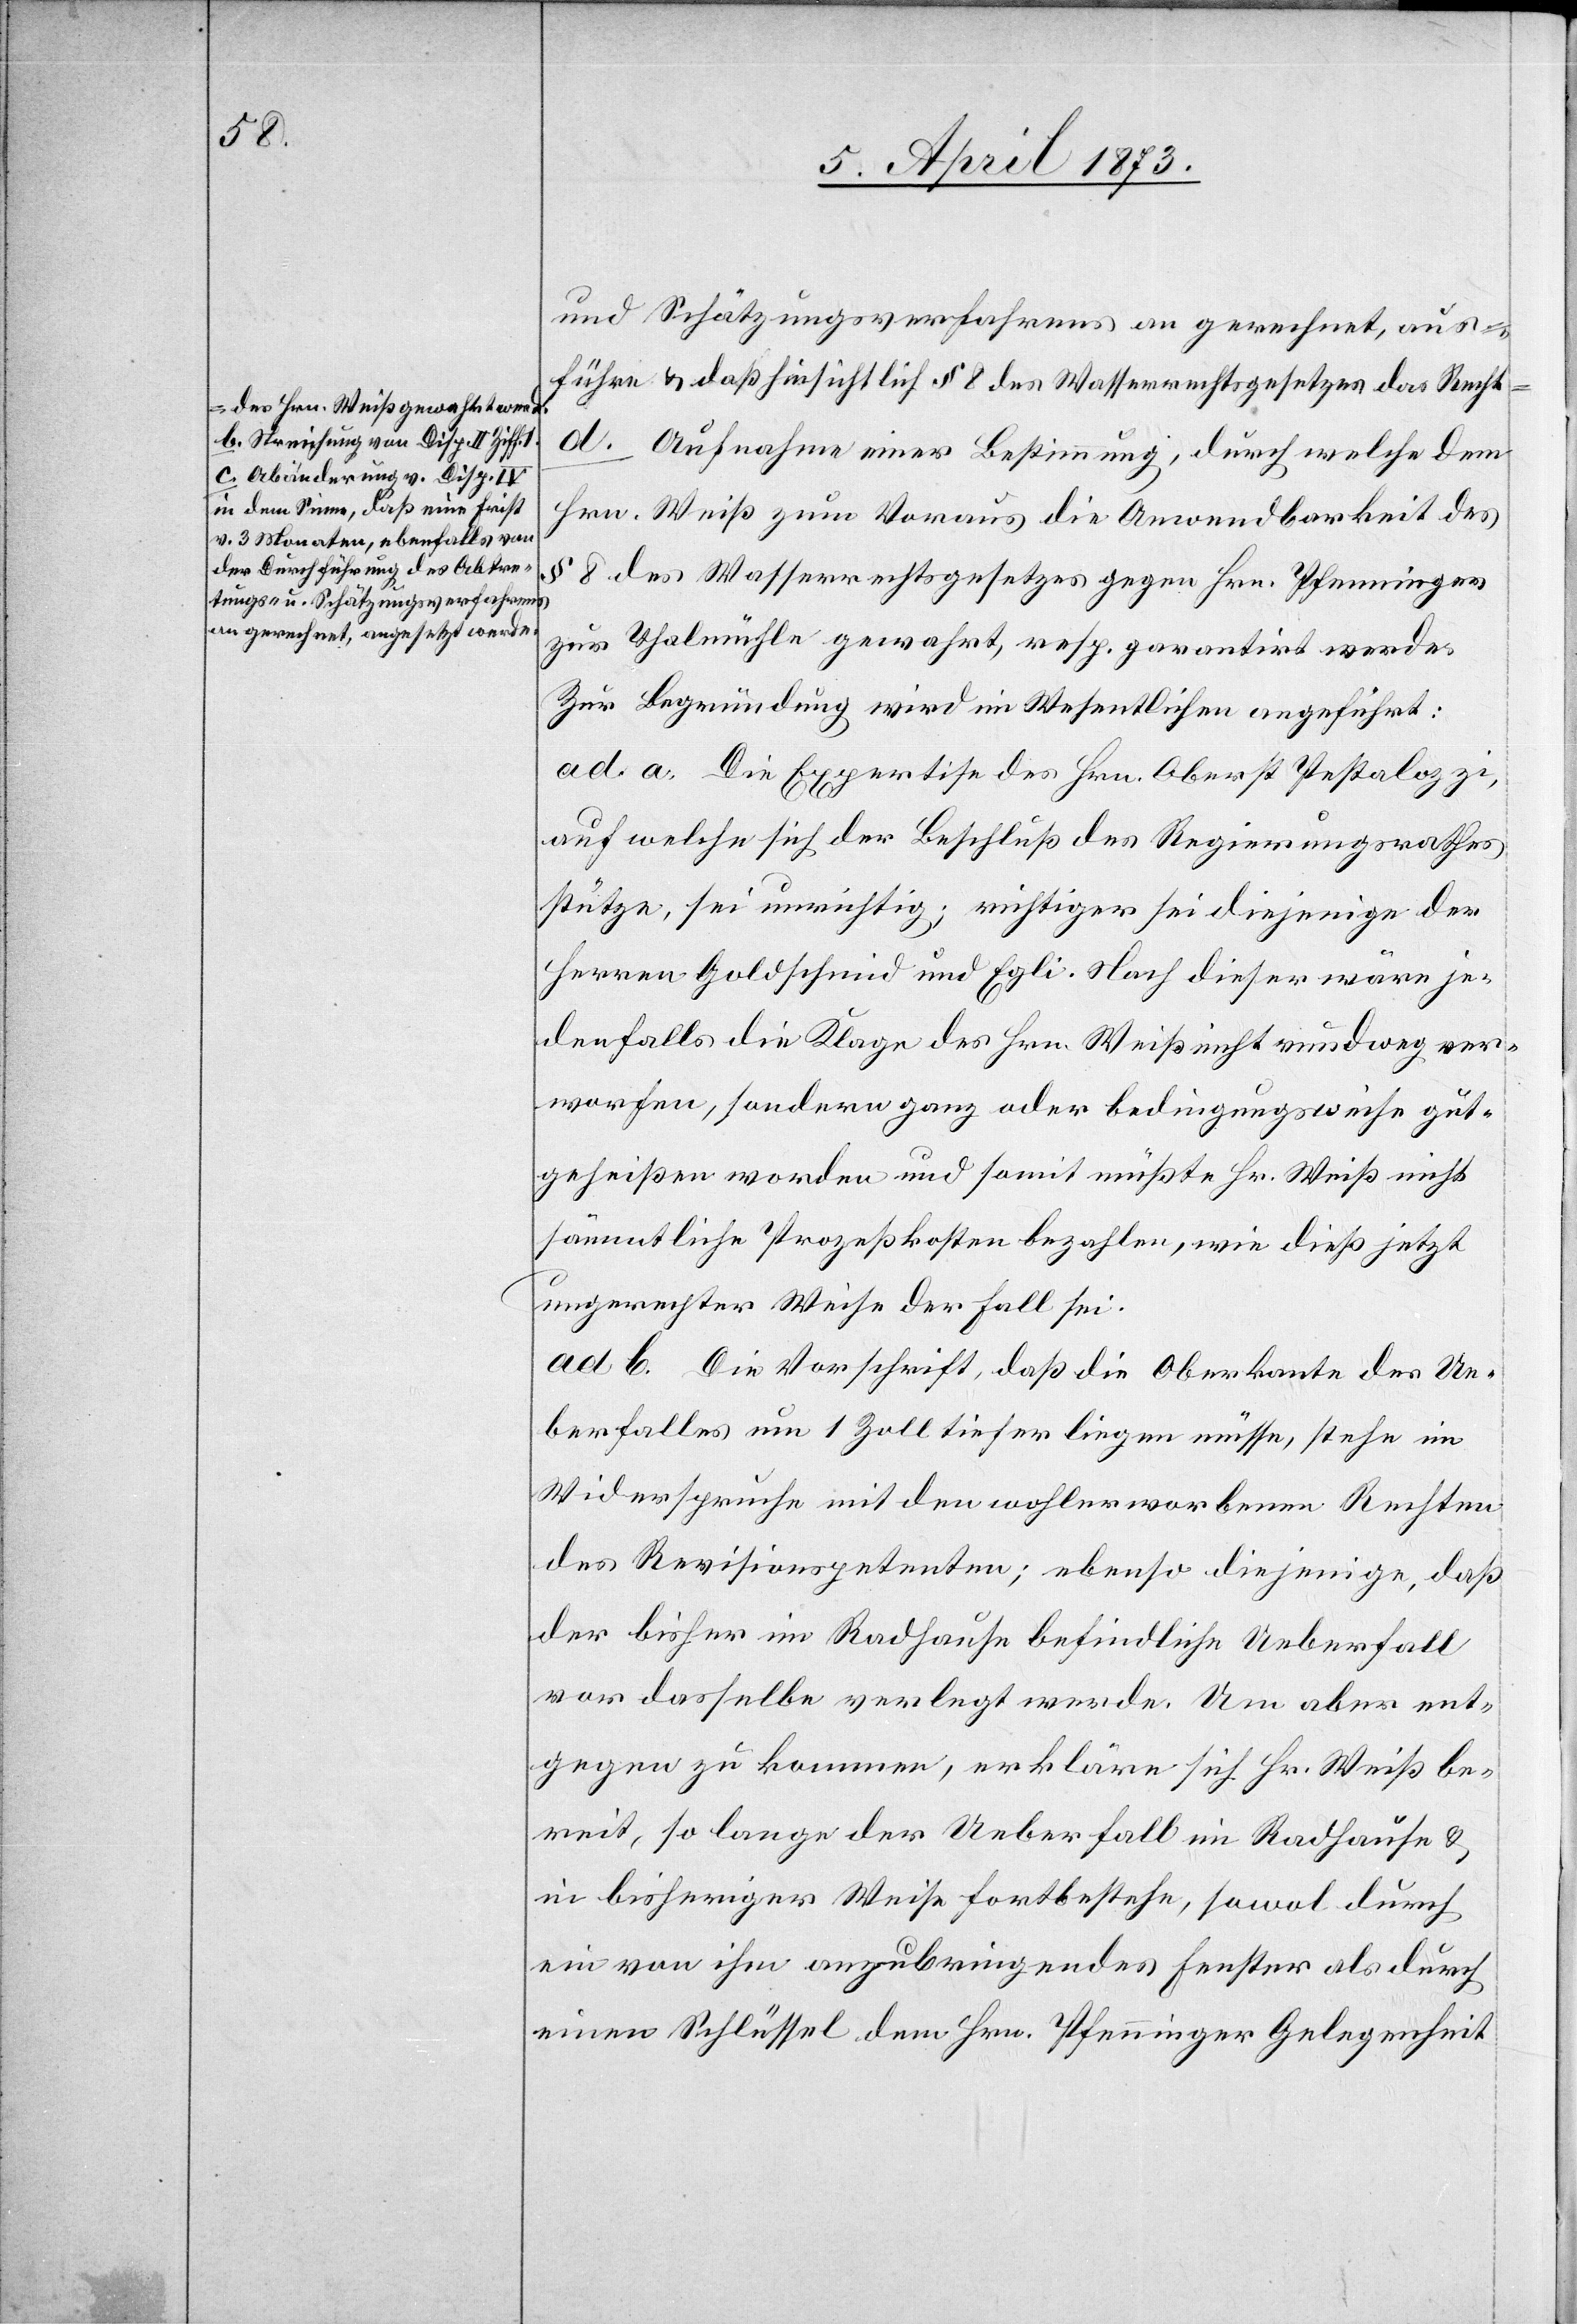
a-des Hrn. Weiß gewahrt werde.
b. Streichung von Disp. II Ziff.
c. Abänderung v. Disp.
in dem Sinne, daß eine Frist
v. 3 Monaten, ebenfalls von
der Durchführung des Abtre¬
tungs- u. Schätzungsverfahrens
an gerechnet, angesetzt werde.-a

und Schätzungsverfahrens an gerechnet, aus¬
führe u. daß hinsichtlich § 8 des Wasserrechtsgesetzes das Recht
d. Aufnahme einer Bestimmung, durch welche dem
Hrn. Weiß zum Voraus die Anwendbarkeit des
§ 8 des Wasserrechtsgesetzes gegen Hrn. Pfenninger
zur Thalmühle gewahrt, resp. garantirt werde.
Zur Begründung wird im Wesentlichen angeführt:
ad a. Die Expertise des Hrn. Oberst Pestalozzi,
auf welche sich der Beschluß des Regierungsrathes
stütze, sei unrichtig; richtiger sei diejenige der
Herren Goldschmid und Egli. Nach dieser wäre je¬
denfalls die Klage des Hrn. Weiß nicht rundweg ver¬
worfen, sondern ganz oder bedingungsweise gut¬
geheißen worden und somit müßte Hr. Weiß nicht
sämmtliche Prozeßkosten bezahlen, wie dieß jetzt
ungerechter Weise der Fall sei.
ad b. Die Vorschrift, daß die Oberkante des Ue¬
berfalles um 1 Zoll tiefer liegen müsse, stehe im
Widerspruche mit den wohlerworbenen Rechten
des Revisionspetenten; ebenso diejenige, daß
der bisher im Radhause befindliche Ueberfall
vor dasselbe verlegt werde. Um aber ent¬
gegen zu kommen, erkläre sich Hr. Weiß be¬
reit, so lange der Ueberfall im Radhause u.
in bisheriger Weise fortbestehe, sowol durch
ein von ihm anzubringendes Fenster als durch
einen Schlüssel dem Hrn. Pfenninger Gelegenheit